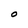
Character: O